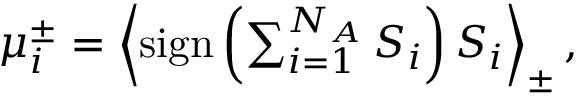
\begin{array} { r } { \mu _ { i } ^ { \pm } = \left\langle \mathrm { s i g n } \left( \sum _ { i = 1 } ^ { N _ { A } } S _ { i } \right) S _ { i } \right\rangle _ { \pm } , } \end{array}